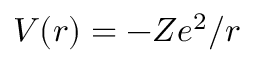
V ( r ) = - Z e ^ { 2 } / r